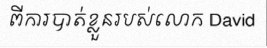
ពីការបាត់ខ្លួនរបស់លោក David